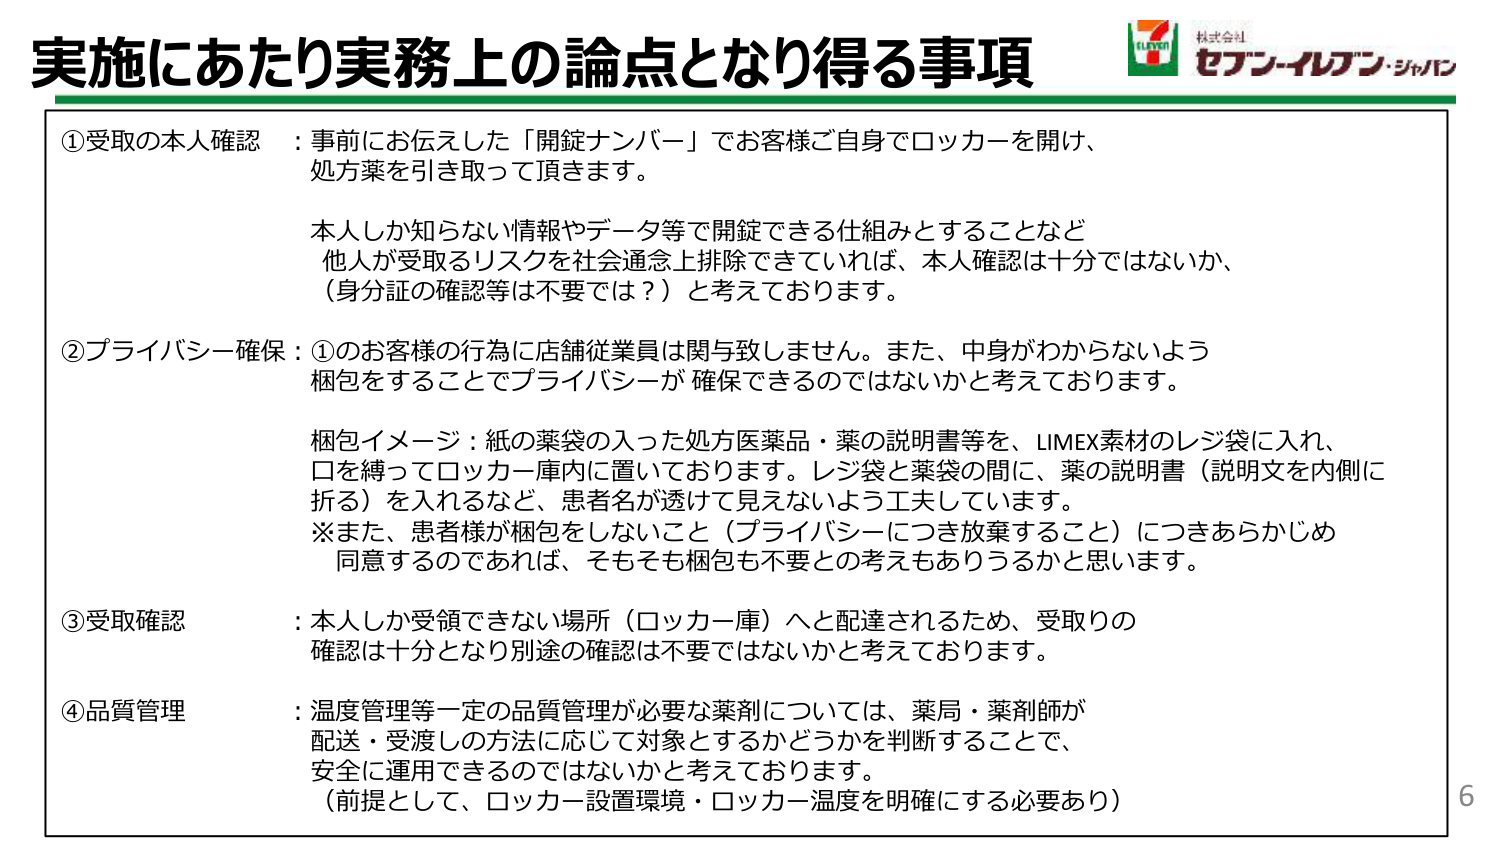
実施にあたり実務上の論点となり得る事項

①受取の本人確認：事前にお伝えした「開錠ナンバー」でお客様ご自身でロッカーを開け、処方薬を引き取って頂きます。

本人しか知らない情報やデータ等で開錠できる仕組みとすることなど、他人が受取るリスクを社会通念上排除できていれば、本人確認は十分ではないか、（身分証の確認等は不要では？）と考えております。

②プライバシー確保：①のお客様の行為に店舗従業員は関与致しません。また、中身がわからないよう梱包をすることでプライバシーが確保できるのではないかと考えております。

梱包イメージ：紙の薬袋の入った処方医薬品・薬の説明書等を、LIMEX素材のレジ袋に入れ、口を縛ってロッカー庫内に置いております。レジ袋と薬袋の間に、薬の説明書（説明文を内側に折る）を入れるなど、患者名が透けて見えないよう工夫しています。
※また、患者様が梱包をしないこと（プライバシーにつき放棄すること）につきあらかじめ同意するのであれば、そもそも梱包も不要との考えもありうるかと思います。

③受取確認：本人しか受領できない場所（ロッカー庫）へと配達されるため、受取りの確認は十分となり別途の確認は不要ではないかと考えております。

④品質管理：温度管理等一定の品質管理が必要な薬剤については、薬局・薬剤師が配送・受渡しの方法に応じて対象とするかどうかを判断することで、安全に運用できるのではないかと考えております。
（前提として、ロッカー設置環境・ロッカー温度を明確にする必要あり）

6

株式会社
セブン-イレブン・ジャパン